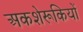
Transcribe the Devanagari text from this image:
अकशेरूकियों